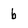
Character: b